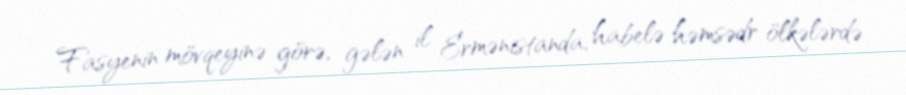
Fasyenin mövqeyinə görə, gələn il Ermənistanda, habelə həmsədr ölkələrdə